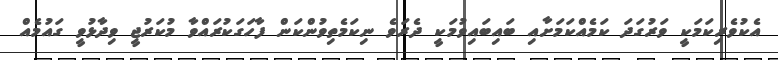
އެކުވެރިކަމަކީ ވަރުގަދަ ކަމެއްކަމަށާއި ބައިބައިވުމަކީ ދެރަވެ ނިކަމެތިވުންކަން ފާހަގަކުރައްވާ މުކަރުޖީ ވިދާޅުވީ ގައުމެއް